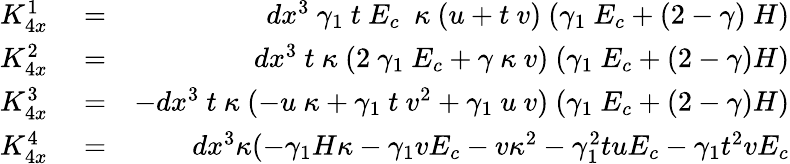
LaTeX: \begin{array}{rlr}{K_{4x}^{1}}&{{}=}&{dx^{3}~\gamma_{1}~t~E_{c}~~\kappa~(u+t~v)~(\gamma_{1}~E_{c}+(2-\gamma)~H)}\\ {K_{4x}^{2}}&{{}=}&{dx^{3}~t~\kappa~(2~\gamma_{1}~E_{c}+\gamma~\kappa~v)~(\gamma_{1}~E_{c}+(2-\gamma)H)}\\ {K_{4x}^{3}}&{{}=}&{-dx^{3}~t~\kappa~(-u~\kappa+\gamma_{1}~t~v^{2}+\gamma_{1}~u~v)~(\gamma_{1}~E_{c}+(2-\gamma)H)}\\ {K_{4x}^{4}}&{{}=}&{dx^{3}\kappa(-\gamma_{1}H\kappa-\gamma_{1}vE_{c}-v\kappa^{2}-\gamma_{1}^{2}tuE_{c}-\gamma_{1}t^{2}vE_{c}}\end{array}